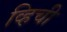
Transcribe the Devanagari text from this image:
व्हिची